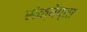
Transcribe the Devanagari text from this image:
संक्षेप्ता